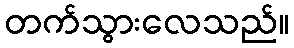
တက်သွားလေသည်။